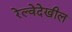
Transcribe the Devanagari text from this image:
रेल्वेदेखील